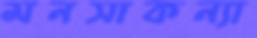
মনসাকন্যা